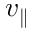
v _ { \parallel }